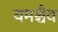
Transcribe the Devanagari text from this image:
यमश्चैव